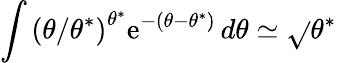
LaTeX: \int\left(\theta/\theta^{*}\right)^{\theta^{*}}\mathrm{e}^{-\left(\theta-\theta^{*}\right)}\, d\theta\simeq\sqrt{}{{\theta^{*}}}